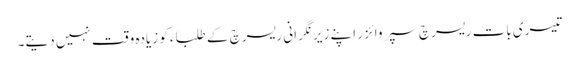
تیسری بات ریسرچ سپروائزر اپنے زیر نگرانی ریسرچ کے طلباء کو زیادہ وقت نہیں دیتے۔